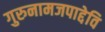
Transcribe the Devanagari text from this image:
गुरुनामजपाद्देवि